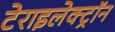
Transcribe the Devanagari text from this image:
टेराइलेक्ट्रॉन